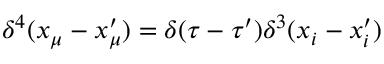
\delta ^ { 4 } ( x _ { \mu } - x _ { \mu } ^ { \prime } ) = \delta ( \tau - \tau ^ { \prime } ) \delta ^ { 3 } ( x _ { i } - x _ { i } ^ { \prime } )